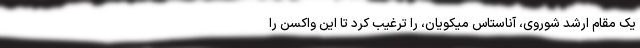
یک مقامِ ارشدِ شوروی، آناستاس میکویان، را ترغیب کرد تا این واکسن را